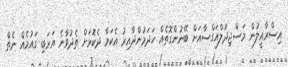
އިސްރާއީލުން މަސްޖިދުލްއަގްސާއަށް ބޭނުންގޮތެއް ހަދަމުންދާއިރު އެކަމާ ދެކޮޅަށް ތެެދުވާނެ އަރަބި ގައުމެއް ނެތް